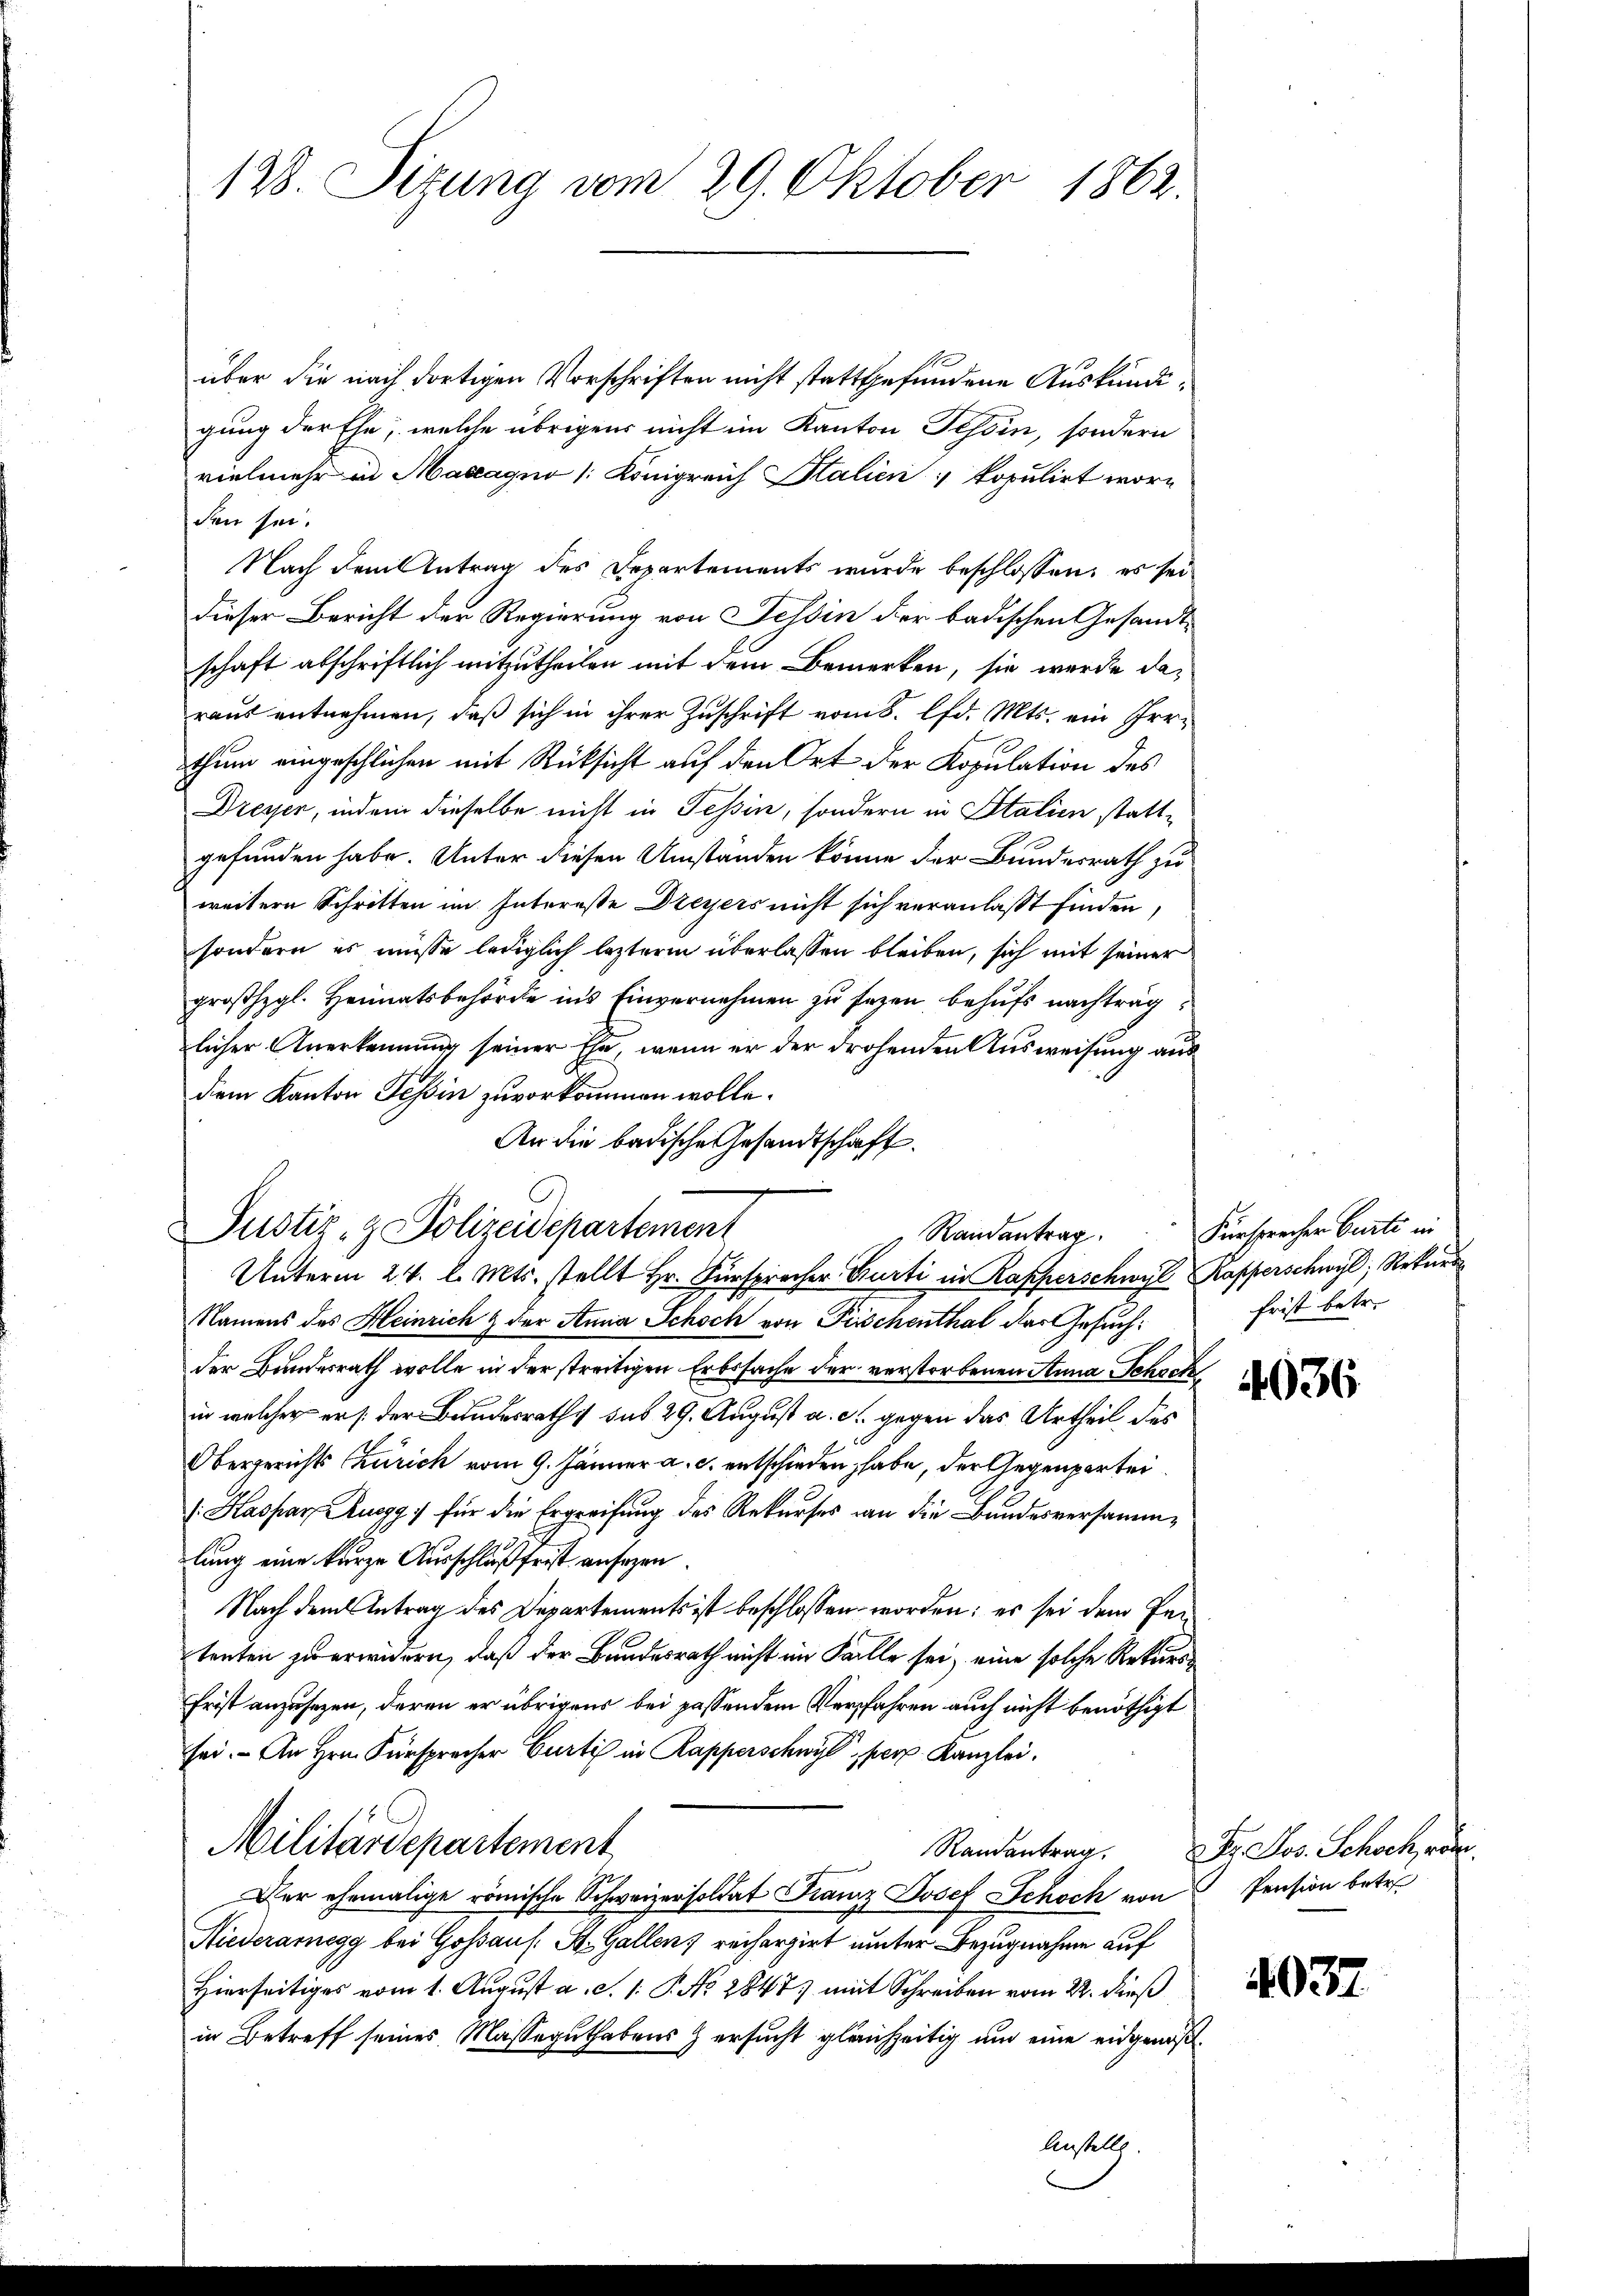
128. Sizung vom 29. Oktober 1862.

über die nach dortigen Vorschriften nicht stattgefundene Auskundigung der Ehe, welche übrigens nicht im Kanton Tessin, sondern
vielmehr in Masagno (Königreich Stalien  kopulirt wori
den sei.
Nach dem Antrag des Departements wurde beschlossen; es sei
Dieser Bericht der Regierung von Tessin der badischen Gesandtschaft abschriftlich mitzutheilen mit dem Bemerken, sie werde daraus entnehmen, daß sich in ihrer Zuschrift vom 8. lfd. Mts. ein Irr-
thum eingeschlichen mit Rücksicht auf den Ort der Kopulation des
Dresser, indem dieselbe nicht in Tessin, sondern in Italien stattgefunden habe. Unter diesen Umstanden könne der Bundesrath zu
weitern Schritten im Interesse Dreyers nicht sich veranlaßt finden,
sondern es müsse lediglich lezterm überlassen bleiben, sich mit seiner
groβhzgl. Heimatsbehörde ins Einvernehmen zu sezen behufs nachträglicher Anerkennung seiner Ehe, wenn er der drohenden Ausweisung aus
dem Kanton Tessin zuvorkommen wolle.
An die badische Gesandtschaft.
Randantrag
Unterm 24. l. Mts. stellt Hr. Fürspracher Curti in Rapperschwyl Kapperschweil, Rekurs
Namens des Heinrich & der Anna Schoch von Frischenthal der Gesuch:
der Bundesrath wolle in der streitigen Erbssache der verstorbenen Anna Schock
in welcher er /: der Bundesraths sub 29. August a. c. gegen das Urtheil des
Obergerichts Churich vom 9. Jänner a. c. entschieden habe, der Gegenpartei¬
(Haspar Ruegg für die Ergreifung des Rekurses an die Bundesversammlung eine kurze Ausschluß frist ansezen
Nach dem Antrag des Departements ist beschlossen worden; es sei dem Petenten zu erwidern, daß der Bundesrath nicht im Falle sei, eine solche Rekurs¬
Frist anzusezen, deren er übrigens bei passendem Verfahren auch nicht benöthigt
sei. - An Hrn. Fürspracher Curti in Rapperschwyl, per Kanzlei.
Militärdepartement
Der ehemalige römische Schweizer soldat Franz Josef Schoch von
Hiederaregg bei Goßaus. St. Gallen, reichargirt unter Bezugnahme auf
Hierseitiges vom 1. August a. c. 1. P. No 2847) mit Schreiben vom 22. dieß
in Betreff seines Masseguthabens ersucht gleichzeitig und eine eidgenöß¬
Anstelle.

Justiz- & Polizeidepartement

Fürsprecher Curti in
frist betr.

Randantrag. Fr. Jos. Schoch röni¬
Pension betr

4037